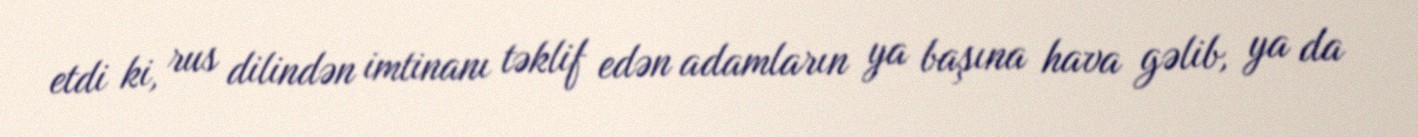
etdi ki, rus dilindən imtinanı təklif edən adamların ya başına hava gəlib, ya da